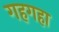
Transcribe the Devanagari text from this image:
गहगहा